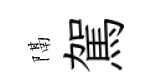
隔駕